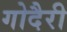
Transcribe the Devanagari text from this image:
गोदैरी